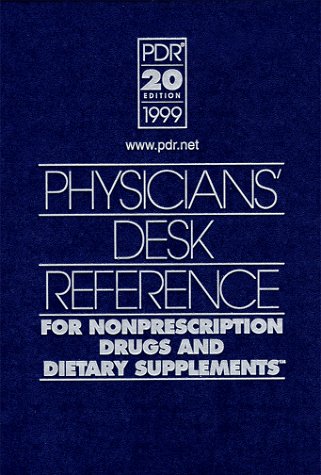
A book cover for Physicians' Desk Reference for Nonprescription Drugs and Dietary Supplements (Physicians' Desk Reference for Nonprescripton Drugs, Dietary Supplements & Herbs); Medical Economics; Medical Books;